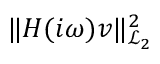
\| \b { H } ( i \omega ) \b { v } \| _ { \mathcal { L } _ { 2 } } ^ { 2 }